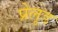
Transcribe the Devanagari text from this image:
प्रेलूड